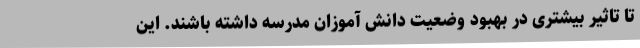
تا تاثیر بیشتری در بهبود وضعیت دانش آموزان مدرسه داشته باشند. این